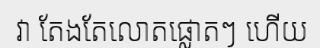
វា តែងតែលោតផ្លោតៗ ហើយ